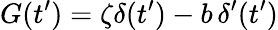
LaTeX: G(t^{\prime})=\zeta\delta(t^{\prime})-b\, \delta^{\prime}(t^{\prime})